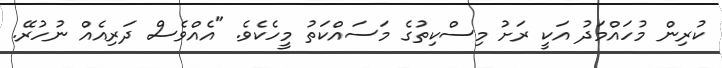
ކުރިން މުހައްމަދު އަކީ ރަށު މިސްކިތުގެ މަސައްކަތު މީހެކެވެ. "އެއްވެސް ދަރިއެއް ނުހުރޭ.